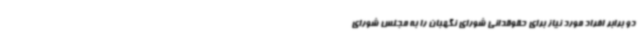
دو برابر افراد مورد نیاز برای حقوقدانی شورای نگهبان را به مجلس شورای